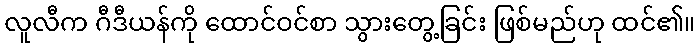
လူလီက ဂီဒီယန်ကို ထောင်ဝင်စာ သွားတွေ့ခြင်း ဖြစ်မည်ဟု ထင်၏။